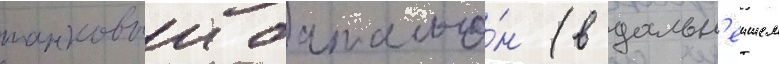
танковыи батальо́н (в дальн'еишем